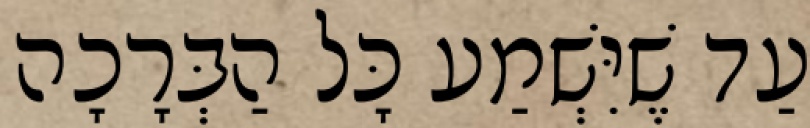
עַד שֶׁיִּשְׁמַע כָּל הַבְּרָכָה